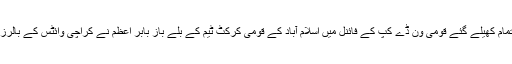
تفصیلات کے مطابق راولپنڈی کرکٹ سٹیڈیم میں پاکستان کرکٹ بورڈ کے زیر اہتمام کھیلے گئے قومی ون ڈے کپ کے فائنل میں اسلام آباد کے قومی کرکٹ ٹیم کے بلے باز بابر اعظم نے کراچی وائٹس کے بالرز کا سامنا کرتے ہوئے انتہائی شاندار بیٹنگ کا مظاہرہ کرتے ہوئے سنچری بنائی۔